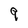
Character: q